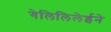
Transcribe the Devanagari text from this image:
गेलिलिलेईने